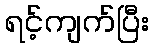
ရင့်ကျက်ပြီး